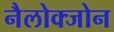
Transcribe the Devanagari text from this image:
नैलोक्जोन